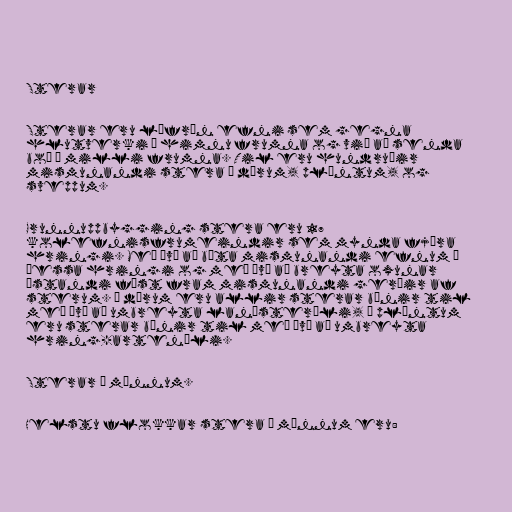
Sterar

Sterar eru lífræn efni sem gegna
hlutverki í himnu frumna og við að senda
boð á milli frumna. Til eru hundruðir
mismunandi stera í dýrum, plöntum, og
sveppum.

Grunnuppbygging stera eru 17
kolefnisfrumeindir sem mynda fjóra
hringi. Með því að bæta mismunandi efnum á
þessa hringi og með því að breyta oxunar
ástandi fást fram mismunandi gerðir af
sterum. Í dýrum eru allir sterar búnir til
með því að umbreyta lanósteróli, í plöntum
eru sterar búnir til með því að umbreyta
hring-artenóli.

Sterar í mönnum.

Helstu flokkar stera í mönnum eru: